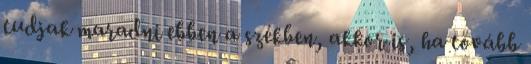
tudjak maradni ebben a székben, akkor is, ha tovább